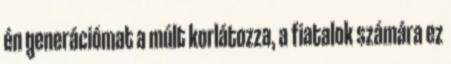
én generációmat a múlt korlátozza, a fiatalok számára ez